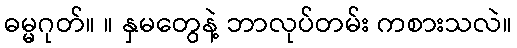
ဓမ္မဂုတ်။ ။ နှမတွေနဲ့ ဘာလုပ်တမ်း ကစားသလဲ။